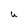
Character: U